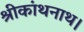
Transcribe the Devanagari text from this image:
श्रीकांथनाथ।